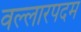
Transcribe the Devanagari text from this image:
वल्लारपदम